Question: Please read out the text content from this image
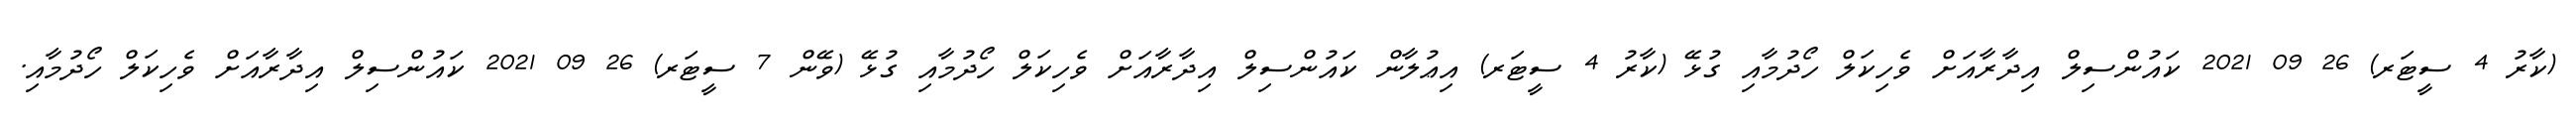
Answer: (ކާރު 4 ސީޓަރ) 26 09 2021 ކައުންސިލް އިދާރާއަށް ވެހިކަލް ހޯދުމާއި ގުޅޭ (ކާރު 4 ސީޓަރ) އިޢުލާން ކައުންސިލް އިދާރާއަށް ވެހިކަލް ހޯދުމާއި ގުޅޭ (ވޭން 7 ސީޓަރ) 26 09 2021 ކައުންސިލް އިދާރާއަށް ވެހިކަލް ހޯދުމާއި.